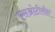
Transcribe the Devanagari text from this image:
एसओटीसीए